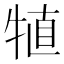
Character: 犆